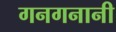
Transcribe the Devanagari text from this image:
गनगनानी